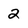
Character: 2